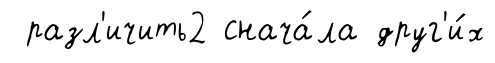
разл'ичить2 снача́ла друг'и́х